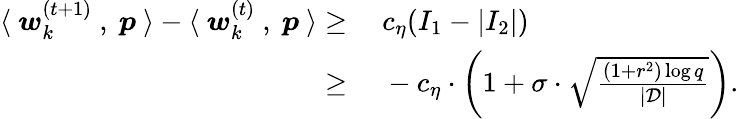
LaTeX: \begin{array}{rl}{\langle~{\boldsymbol w}_{k}^{(t+1)}~,~{\boldsymbol p}~\rangle-\langle~{\boldsymbol w}_{k}^{(t)}~,~{\boldsymbol p}~\rangle\ge}&{~c_{\eta}(I_{1}-|I_{2}|)}\\ {\ge}&{~-c_{\eta}\cdot\bigg(1+\sigma\cdot\sqrt{\frac{(1+r^{2})\log q}{|\mathcal{D}|}}\bigg).}\end{array}